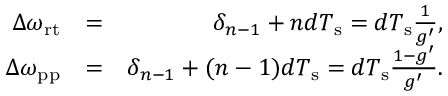
\begin{array} { r l r } { \Delta \omega _ { \mathrm { r t } } } & { = } & { \delta _ { n - 1 } + n d T _ { \mathrm { s } } = d T _ { \mathrm { s } } \frac { 1 } { g ^ { \prime } } , } \\ { \Delta \omega _ { \mathrm { p p } } } & { = } & { \delta _ { n - 1 } + ( n - 1 ) d T _ { \mathrm { s } } = d T _ { \mathrm { s } } \frac { 1 - g ^ { \prime } } { g ^ { \prime } } . } \end{array}